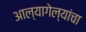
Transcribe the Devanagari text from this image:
आल्यागेल्यांचा